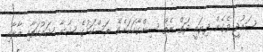
ސައުދީ ވެގެން ދިޔައީ ދަތް ނެތް ސިންގާއަކަށެވެ. ރަސްކަމުގެ ޝާނާ ޝައުކަތާއި އާރާއި